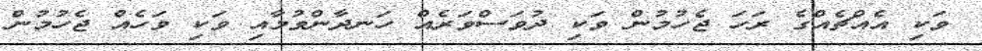
ވަކި އެއްޗެއްގެ ރަހަ ޖެހުމުން ވަކި ދުވަސްވަރެއް ހަނދާންވުމާއި ވަކި ވަހެއް ޖެހުމުން